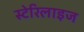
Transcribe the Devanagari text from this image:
स्टेरिलाइज